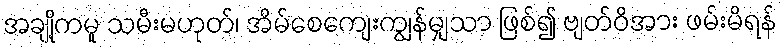
အချို့ကမူ သမီးမဟုတ်၊ အိမ်စေကျေးကျွန်မျှသာ ဖြစ်၍ ဗျတ်ဝိအား ဖမ်းမိရန်